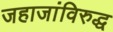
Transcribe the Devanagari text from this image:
जहाजांविरुद्ध